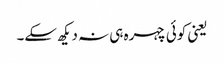
یعنی کوئی چہرہ ہی نہ دیکھ سکے۔